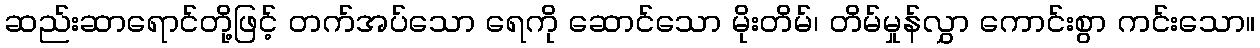
ဆည်းဆာရောင်တို့ဖြင့် တက်အပ်သော ရေကို ဆောင်သော မိုးတိမ်၊ တိမ်မှုန်လွှာ ကောင်းစွာ ကင်းသော။